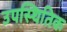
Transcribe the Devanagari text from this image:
उपस्थितिक